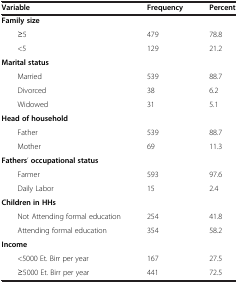
<table><thead><tr><td><b>Variable</b></td><td><b>Frequency</b></td><td><b>Percent</b></td></tr></thead><tbody><tr><td><b>Family size</b></td><td> </td><td> </td></tr><tr><td>≥5</td><td>479</td><td>78.8</td></tr><tr><td>&lt;5</td><td>129</td><td>21.2</td></tr><tr><td><b>Marital status</b></td><td> </td><td> </td></tr><tr><td>Married</td><td>539</td><td>88.7</td></tr><tr><td>Divorced</td><td>38</td><td>6.2</td></tr><tr><td>Widowed</td><td>31</td><td>5.1</td></tr><tr><td><b>Head of household</b></td><td> </td><td> </td></tr><tr><td>Father</td><td>539</td><td>88.7</td></tr><tr><td>Mother</td><td>69</td><td>11.3</td></tr><tr><td><b>Fathers</b>’ <b>occupational status</b></td><td> </td><td> </td></tr><tr><td>Farmer</td><td>593</td><td>97.6</td></tr><tr><td>Daily Labor</td><td>15</td><td>2.4</td></tr><tr><td><b>Children in HHs</b></td><td> </td><td> </td></tr><tr><td>Not Attending formal education</td><td>254</td><td>41.8</td></tr><tr><td>Attending formal education</td><td>354</td><td>58.2</td></tr><tr><td><b>Income</b></td><td> </td><td> </td></tr><tr><td>&lt;5000 Et. Birr per year</td><td>167</td><td>27.5</td></tr><tr><td>≥5000 Et. Birr per year</td><td>441</td><td>72.5</td></tr></tbody></table>